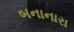
બનાનારા